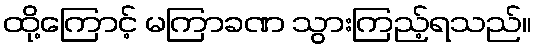
ထို့ကြောင့် မကြာခဏ သွားကြည့်ရသည်။